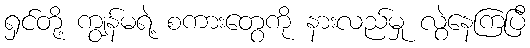
ရှင်တို့ ကျွန်မရဲ့ စကားတွေကို နားလည်မှု လွဲနေကြပြီ